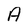
Character: A